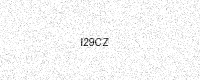
Text: I29CZ